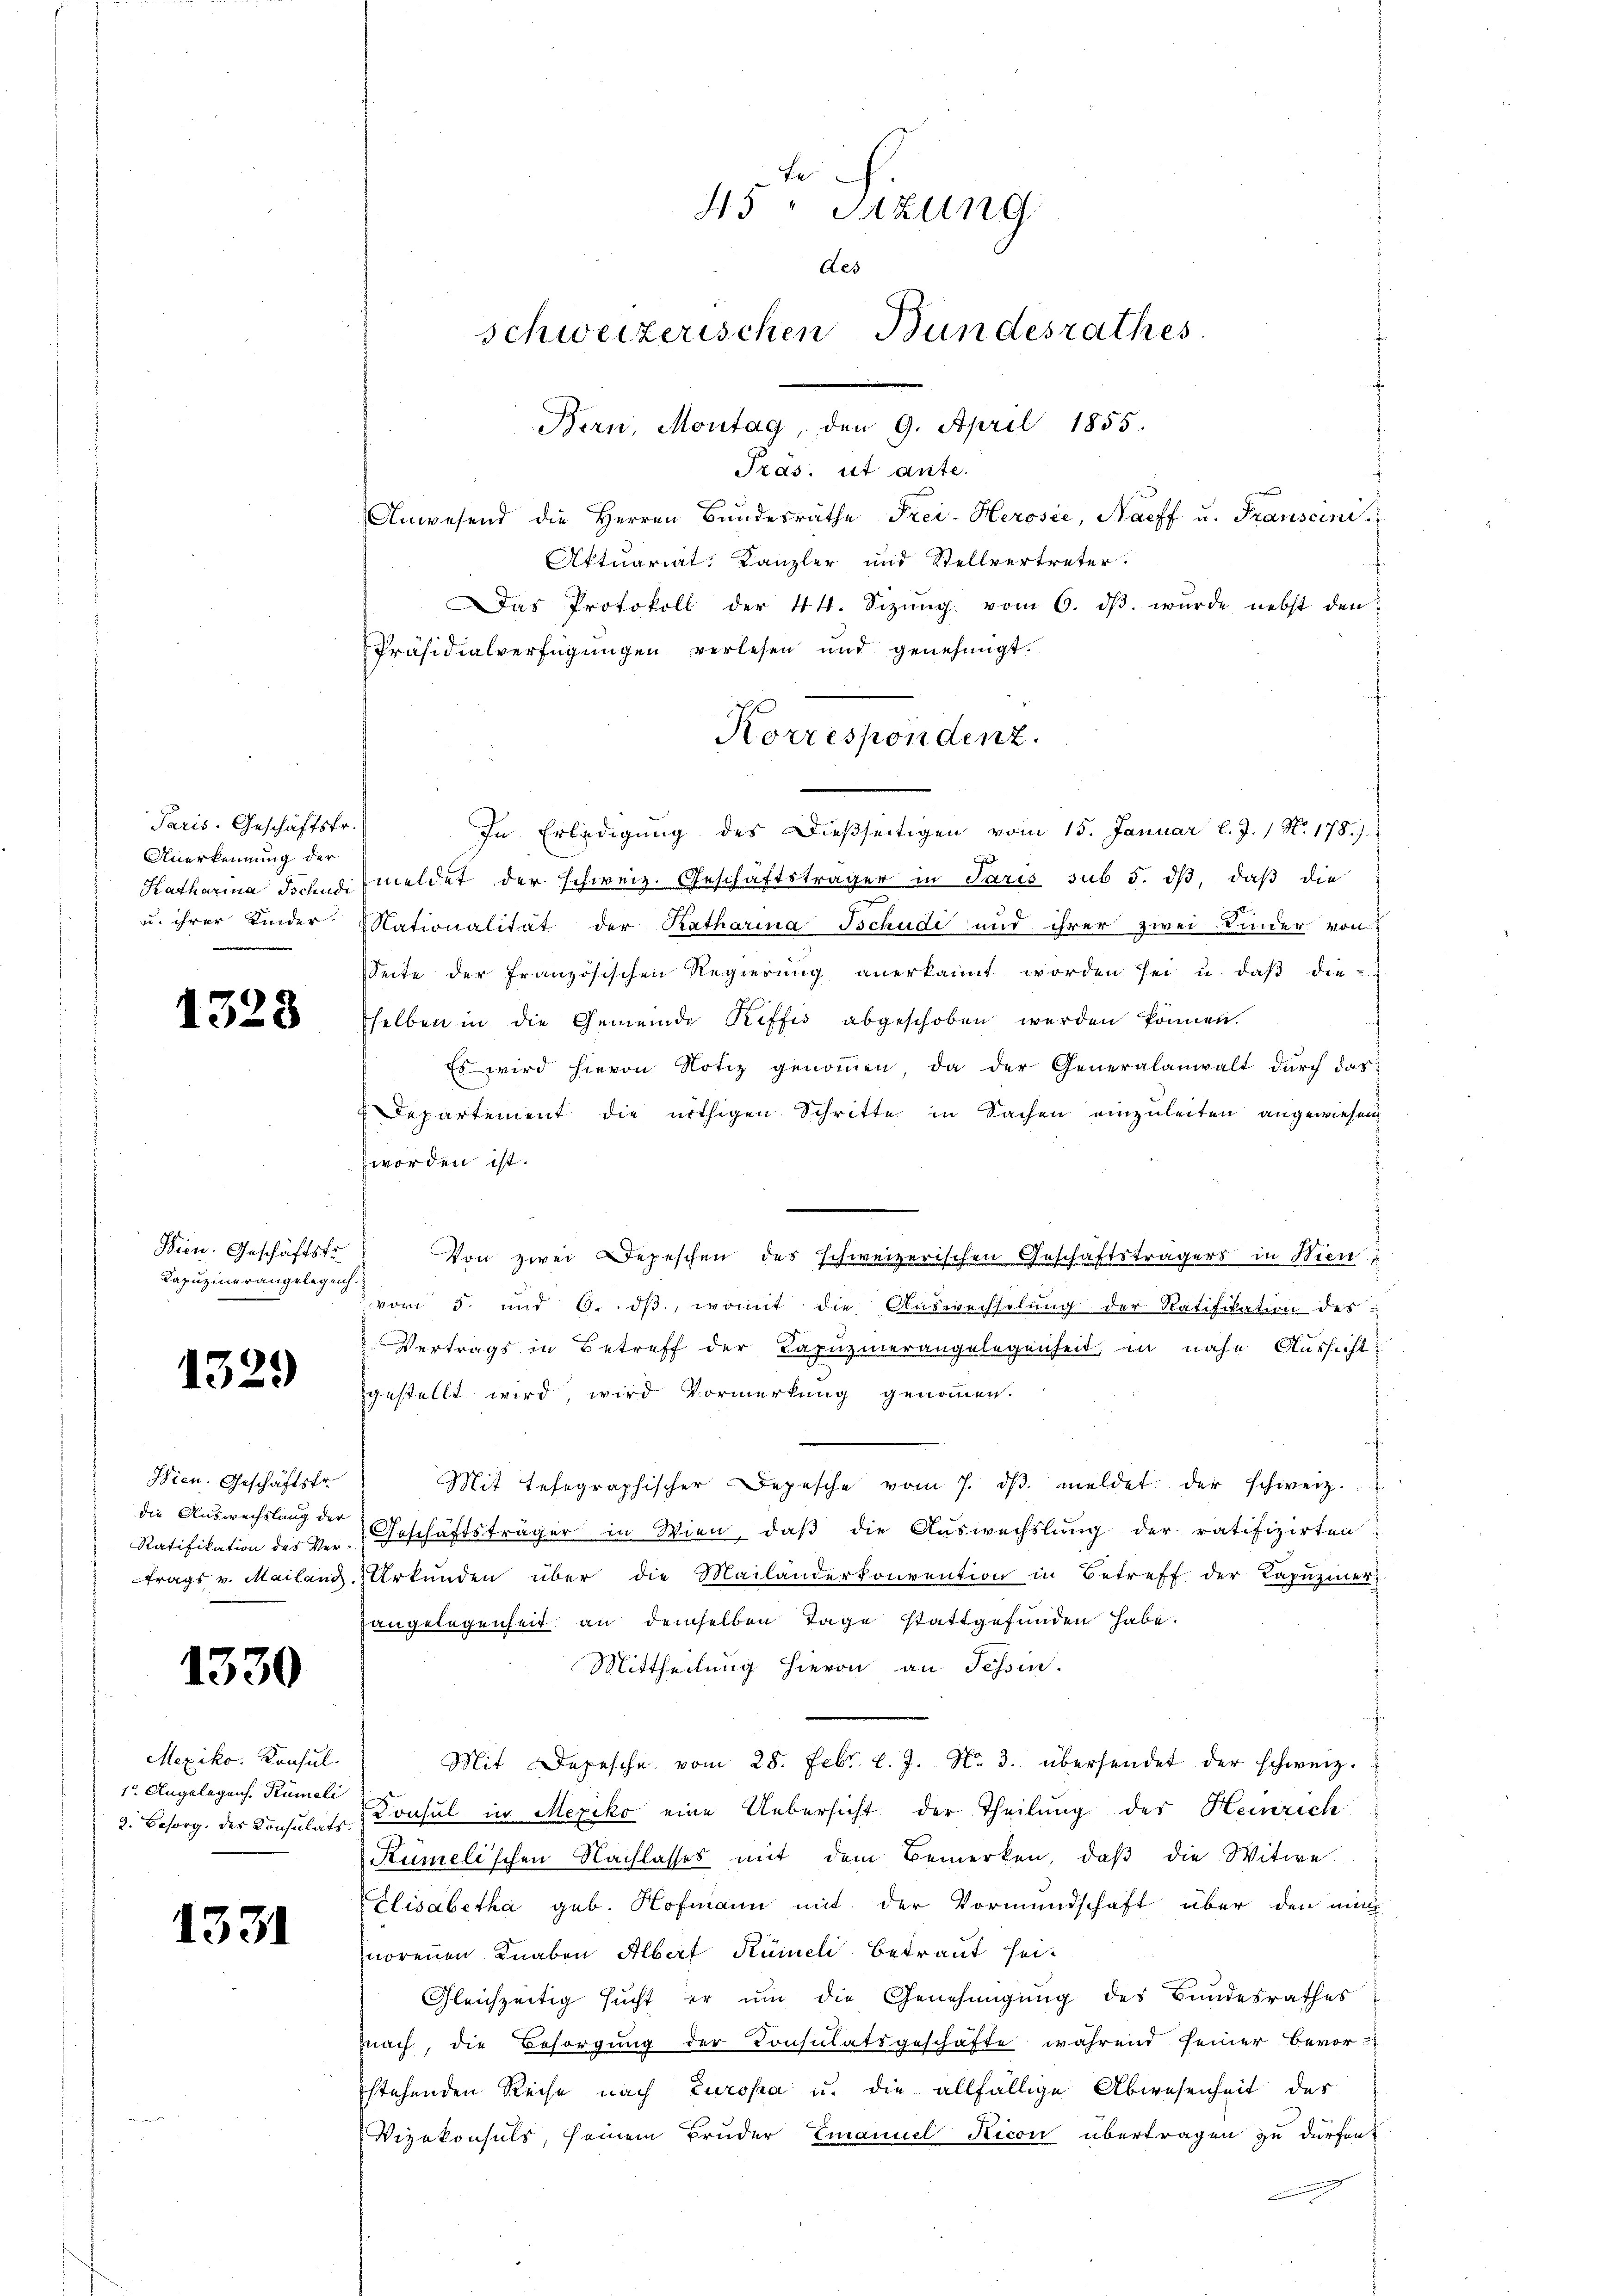
Paris. Geschäftsfr.
Anerkennung der
Katharina Tschudi
u. ihrer Kinder.

1328

Wien. Geschäftsfr.
Kapuzinerangelegen.

1329

Wien. Geschäftsfr.
die Auswechslung der
Ratifikation des Ver-
trags v. Mailand.

1330

Mexiko. Konsul.
1 Angelegens. Rümeli
2. Besorg. des Konsulats.

1331

45 " Sitzung
des
schweizerischen Bundesrathes
Bern, Montag, den 9. April 1855.

Tras. ist ante.
Anwesend die Herren Bundesräthe Frei-Herosée, Narff u. Franscini
Aktuariat. Kanzler und Stellvertreter
Das Protokoll der 44. Sizŭng vom 6. dβ. wurde nebst den
Präsidialverfügungen verlesen und genehmigt.
In Erledigung des dießseitigen vom 15. Januar l. J. / N. 178.)
meldet der schweiz. Geschäftsträger in Paris sub 5. dß, daß die
Nationalität der Katharina Tschudi und ihrer zwei Zimmer von
Seite der französischen Regierung anerkannt worden sei u. daβ die
selben in die Gemeinde Riffes abgeschoben werden können.
Es wird hievon Notiz genommen, da der Generalanwalt durch das
Departement die nöthigen Schritte in Sachen einzuleiten angewiesen
worden ist.
Von zwei Depeschen des schweizerischen Geschäftsträgers in Bien
vom 5. und 6. dβ, womit die Auswechselung der Ratifikation des
Vertrags in Betreff der Kapuzinerangelegenheit, in nahe Aussicht
gestellt wird, wird Vormerkung genommen.
Mit telegraphischer Depesche vom 7. dβ meldet der schweiz.
Geschäftsträger in Wien, daß die Auswechslung der ratifizirten
Urkŭnden über die Mailanderkonvention in Betreff der Lapŭziner
angelegenheit an demselben Tage stattgefunden habe.
Mittheilung hievon an Tessin.
Mit Depesche vom 28. Febr. l. J. Nr. 3. übersendet der schweiz.
Konsul in Mexiko eine Uebersicht der Theilung der Heinrich
Rümelischen Nachlasses mit dem Bemerken, daβ die Witwe
Elisabetha geb. Hofmann mit der Vormundschaft über den min
norenen Knaben Albert Rümeli betraut heit
Gleichzeitig sucht er um die Genehmigung des Bundesrathes
nach, die Besorgung der Konsulatsgeschäfte während seiner Bevor-
stehenden Reise nach Europa u. die allfällige Abwesenheit des
Vizekonsuls, seinem Bruder Emanuel Ricon übertragen zu dürfen.

Korrespondenz.